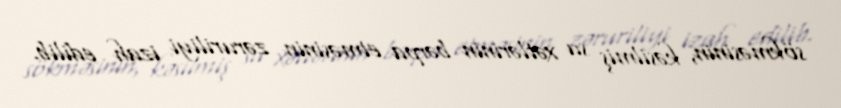
sökməsinin, kəsilmiş su xətlərinin bərpa etməsinin zəruriliyi izah edilib.